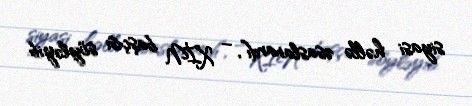
siyasi həllə əsaslanardı”, – XİN başçısı söyləyib.